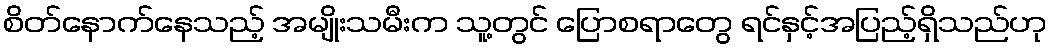
စိတ်နောက်နေသည့် အမျိုးသမီးက သူ့တွင် ပြောစရာတွေ ရင်နှင့်အပြည့်ရှိသည်ဟု